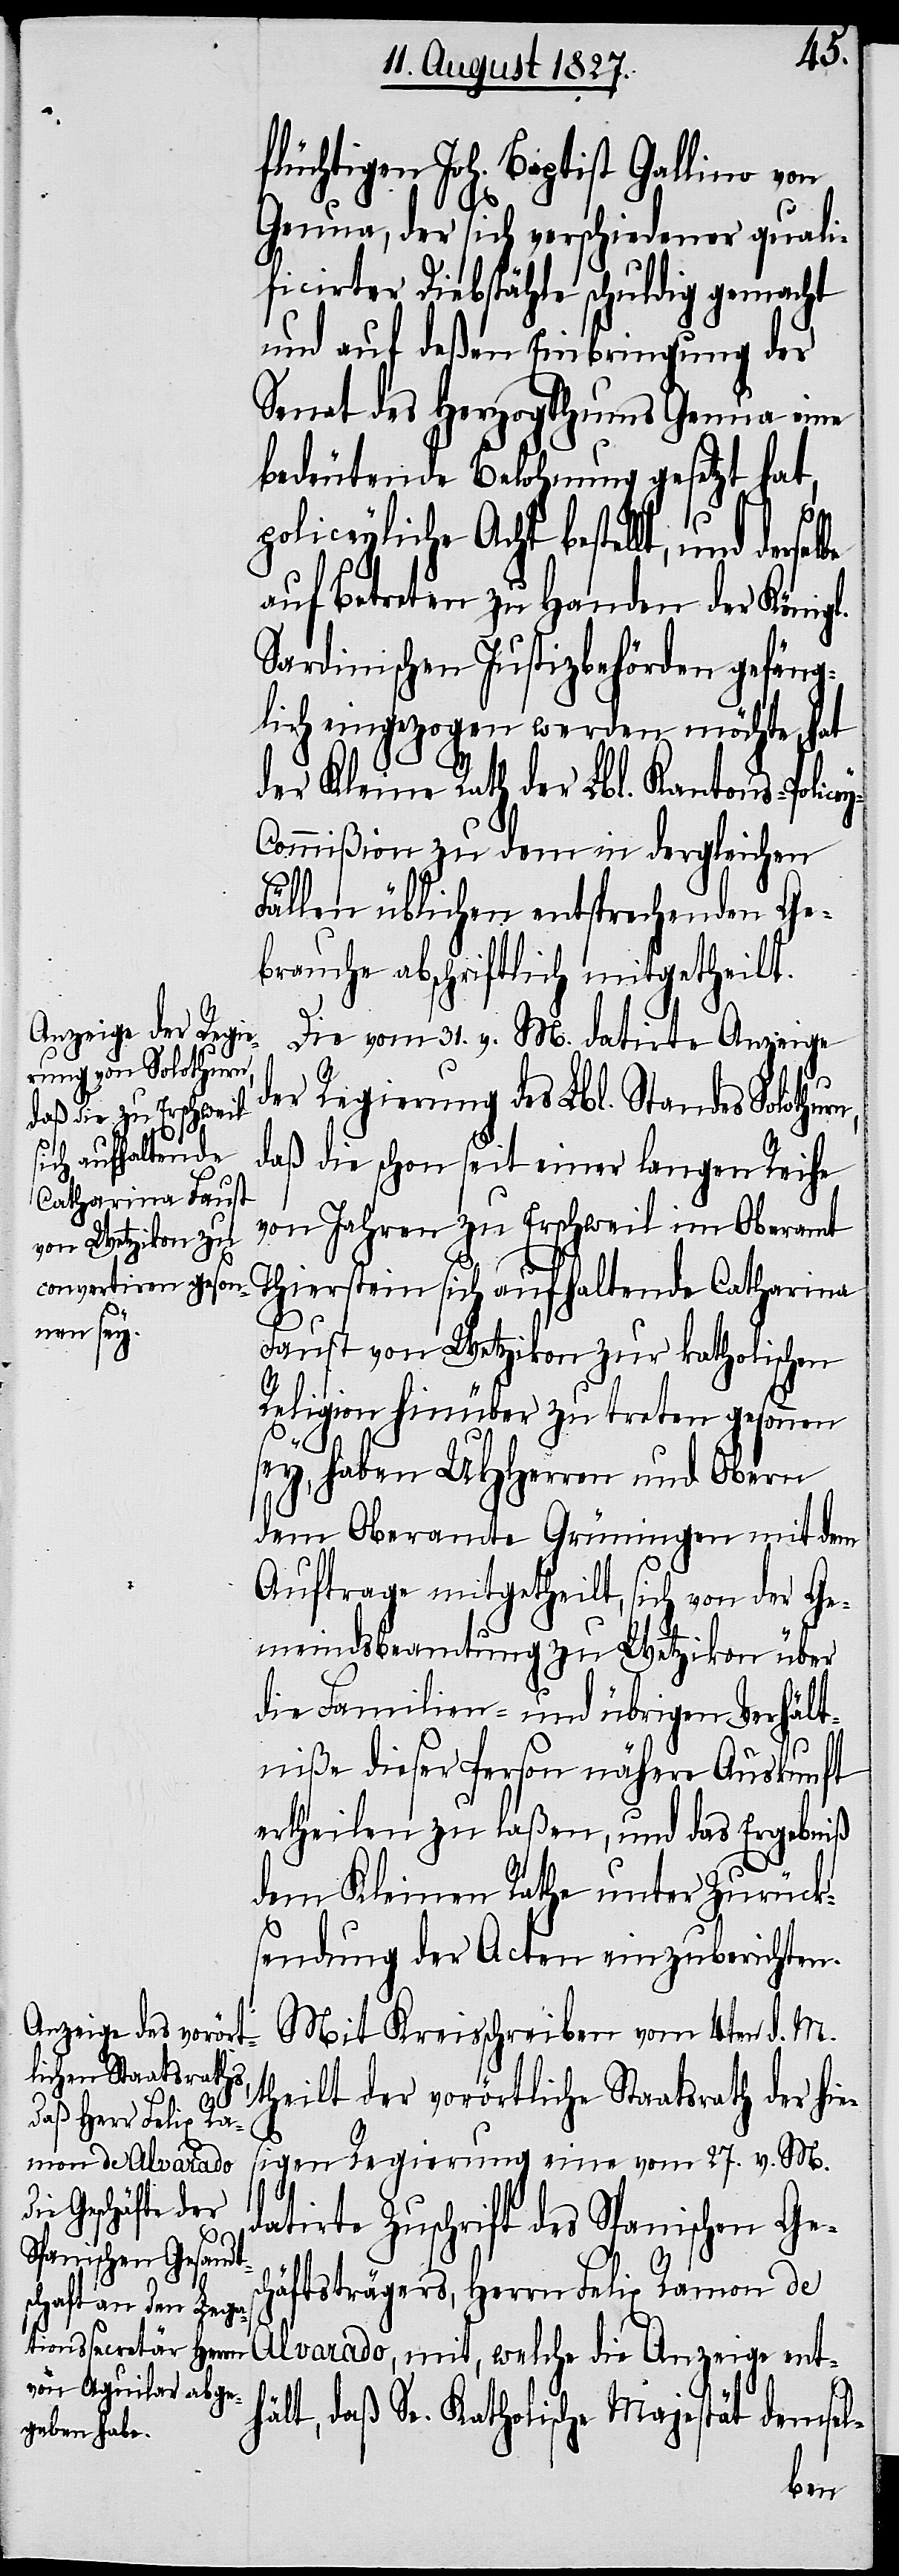
e¬

flüchtigen Joh. Baptist Gallino von
Genua, der sich verschiedener quali¬
ficirter Diebstähle schuldig gemacht
und auf deßen Einbringung der
Senat des Herzogthums Genua eine
bedeutende Belohnung gesetzt hat,
rn,
policeyliche Acht bestellt, und
auf Betreten zu Handen der Königl.
Sardinischen Justizbehörden gefäng¬
lich eingezogen werden möchte, hat
der Kleine Rath der Lbl. Kantons-Polic¬
y-Commißion zu dem in dergleichen
Fällen üblichen entsprechenden Ge¬
brauche abschriftlich mitgetheilt.
Die vom 31. v. M. datirte Anzeige
der Regierung des Lbl. Standes Solothu¬
daß die schon seit einer langen Reihe
von Jahren zu Erschweil im Oberamt
Thierstein sich aufhaltende Catharina
Faust von Wetzikon zur katholischen
Religion hinüber zu treten gesonnen
sey, haben UHHerren und Obern
dem Oberamte Grüningen mit dem
Auftrage mitgetheilt, sich von der Ge¬
meindsbeamtung zu Wetzikon über
die Familien- und übrigen Verhält¬
niße dieser Person nähere Auskunft
ertheilen zu laßen, und das Ergebniß
dem Kleinen Rathe unter Zurück¬
sendung der Acten einzubringen.
Mit Kreisschreiben vom 4ten d. M.
theilt der vorörtliche Staatsrath der hie¬
sigen Regierung eine vom 27. v. M.
datirte Zuschrift des Spanischen Ges¬
chäftsträgers, Herrn Felix Ramon de
Alvarado, mit, welche die Anzeige ent¬
hält, daß Se. Katholische Majestät demsel-